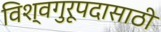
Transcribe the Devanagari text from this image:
विश्वगुरूपदासाठी